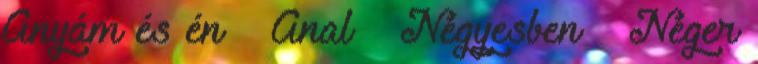
Anyám és én ▪ Anal ▪ Négyesben ▪ Néger